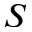
S